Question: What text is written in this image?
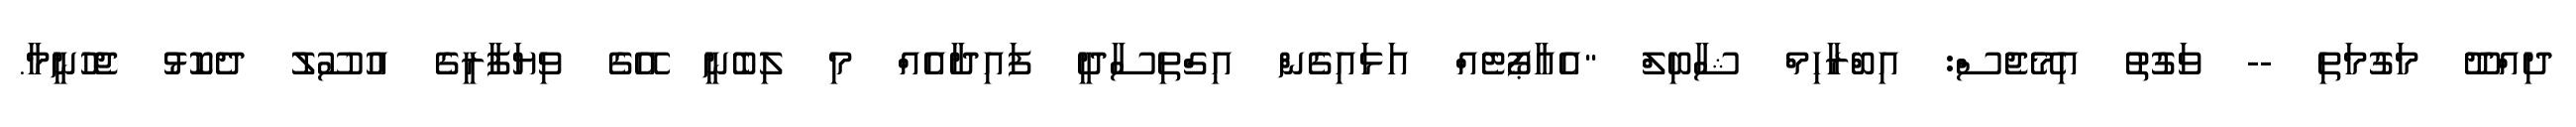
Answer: ދިއްދޫ މަގުމަތި -- ވަގުތު އިމޭޖެސް: އިބްރާހިމް ޝާބިލް "އެއާޕޯޓެއް އަޅައިގެން އިގްތިސާދީ ފައިދާއެއް މި ލިބެނީ އޭގެ ވިޔަފާރީގެ އުސޫލު ދެކޮޅު ޖެހުނީމާ.